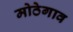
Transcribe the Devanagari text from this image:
मोठेगाव